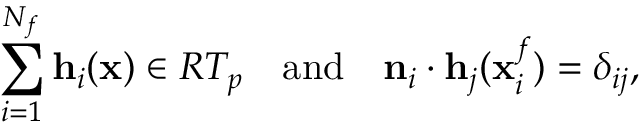
\sum _ { i = 1 } ^ { N _ { f } } \mathbf { h } _ { i } ( \mathbf { x } ) \in R T _ { p } \quad \mathrm { a n d } \quad \mathbf { n } _ { i } \cdot \mathbf { h } _ { j } ( \mathbf { x } _ { i } ^ { f } ) = \delta _ { i j } ,